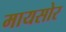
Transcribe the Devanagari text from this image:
मायसोर